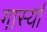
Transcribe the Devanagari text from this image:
गार्स्या